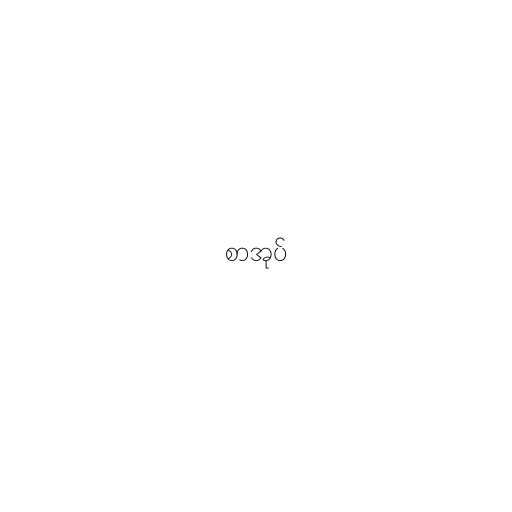
စာအုပ်